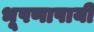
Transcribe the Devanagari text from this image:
भूषणापायी